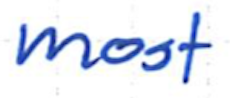
Text: most
Cross-out: clean
Writing tool: ballpoint